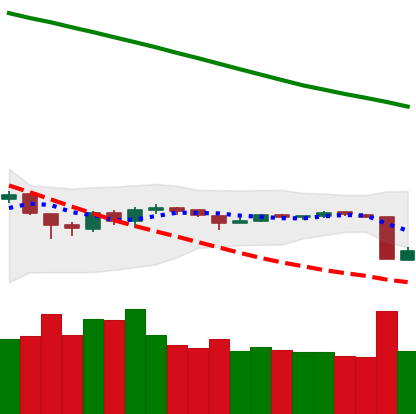
Ticker: ETH-USD
Chart end date: 2018-10-12
Forward return: 5.264%
Label: up_5_7